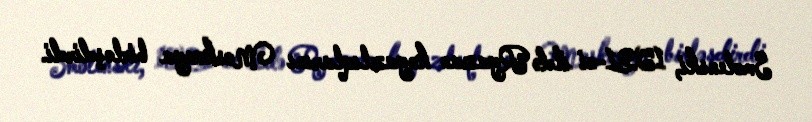
Smolenski, 1521-ci ildə Ryazan knyazlıqlarını Moskvaya birləşdirdi.